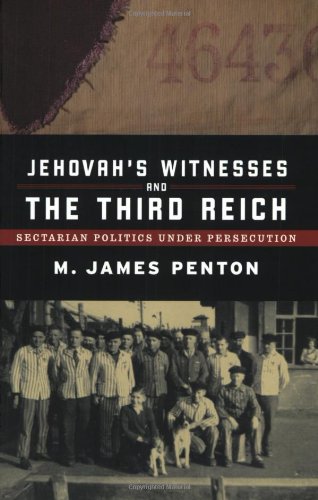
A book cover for Jehovah's Witnesses and the Third Reich: Sectarian Politics under Persecution; James Penton; Christian Books & Bibles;